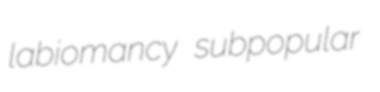
labiomancy subpopular